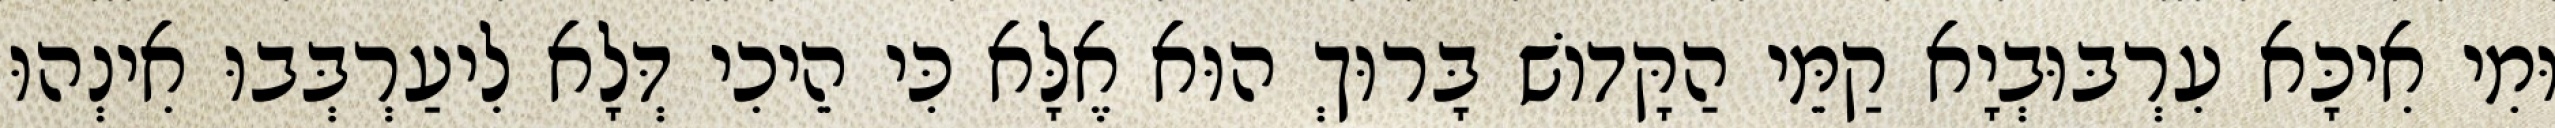
וּמִי אִיכָּא עִרְבּוּבְיָא קַמֵּי הַקָּדוֹשׁ בָּרוּךְ הוּא אֶלָּא כִּי הֵיכִי דְּלָא לִיעַרְבְּבוּ אִינְהוּ